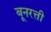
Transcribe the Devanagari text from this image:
बूनरत्ती